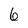
Character: 6